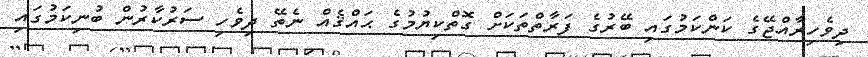
ދިވެހިރާއްޖޭގެ ކަންކަމުގައި ބޭރުގެ ފަރާތްތަކަށް ގޮތްކިޔުމުގެ ޙައްޤެއް ނެތޭ ދިވެހި ސަރުކާރުން ބުނިކަމުގައި